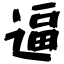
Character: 逼